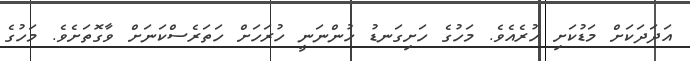
އަދަދަކަށް މަޑުކަށި ހުރެއެވެ. މަހުގެ ހަށިގަނޑު ހުންނަނީ ހުރަހަށް ހަތަރެސްކަނަށް ވާގޮތަށެވެ. މަހުގެ